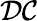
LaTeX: \mathcal D\mathcal C